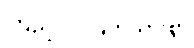
ကြည်လင်ပြတ်သားစွာ